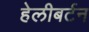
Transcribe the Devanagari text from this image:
हेलीबर्टन